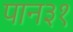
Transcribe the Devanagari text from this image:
पान३१